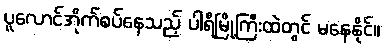
ပူလောင်အိုက်စပ်နေသည့် ပါရီမြို့ကြီးထဲတွင် မနေနိုင်။